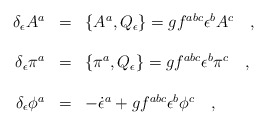
\begin{align*}\begin{array}{r c l}\delta_\epsilon A^a&=&\{A^a,Q_\epsilon\}=gf^{abc}\epsilon^b A^c\ \ \ ,\\ \\\delta_\epsilon \pi^a&=&\{\pi^a,Q_\epsilon\}=gf^{abc}\epsilon^b \pi^c\ \ \ ,\\ \\\delta_\epsilon \phi^a&=&-\dot{\epsilon}^a+gf^{abc}\epsilon^b\phi^c\ \ \ ,\end{array}\end{align*}